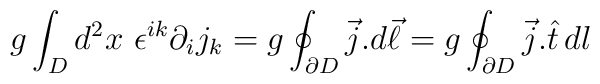
g\int_D d^2x~ \epsilon^{ik}\partial_i j_k =g\oint_{\partial D} \vec{j}. d\vec{\ell} =g\oint_{\partial D} \vec{j}.\hat{t}\, dl